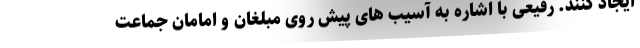
ایجاد کنند. رفیعی با اشاره به آسیب ‌های پیش روی مبلغان و امامان جماعت